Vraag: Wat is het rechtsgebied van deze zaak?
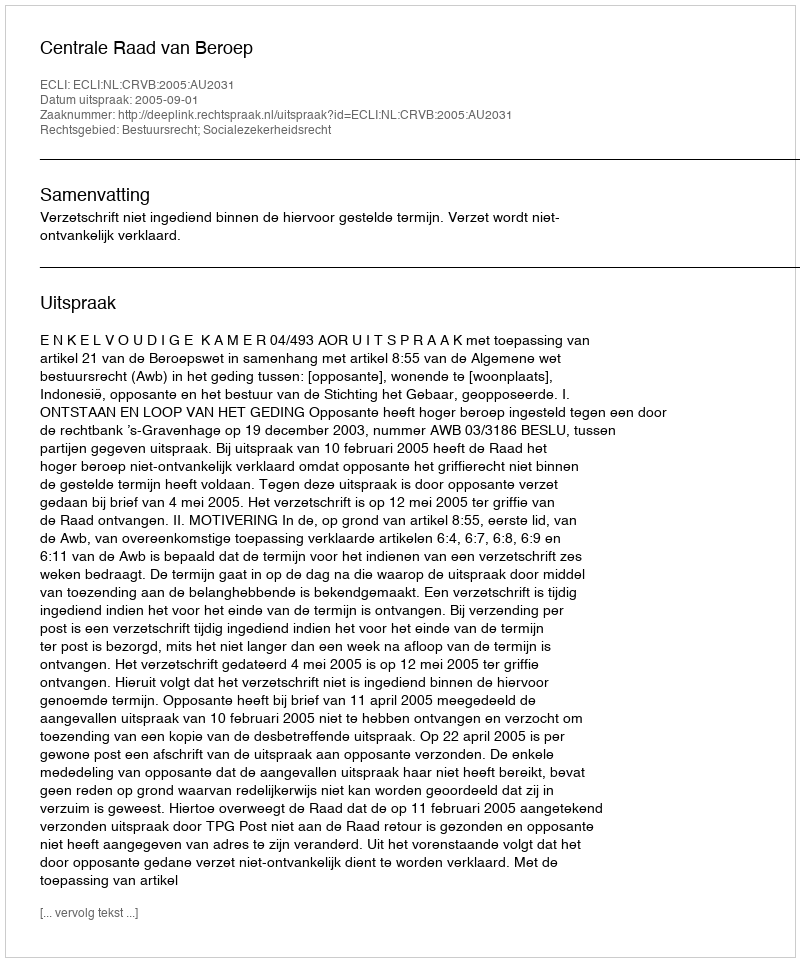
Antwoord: Bestuursrecht; Socialezekerheidsrecht